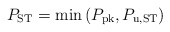
\begin{align*}P_{\mathrm{ST}} = \min\left(P_{\mathrm{pk}}, P_{\mathrm{u,ST}}\right)\end{align*}